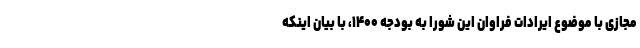
مجازی با موضوع ایرادات فراوان این شورا به بودجه ۱۴۰۰، با بیان اینکه